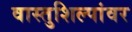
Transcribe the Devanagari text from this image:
वास्तुशिल्पांवर